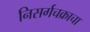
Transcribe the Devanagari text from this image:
निसर्गचक्राचा